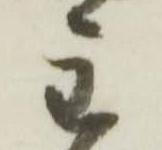
主